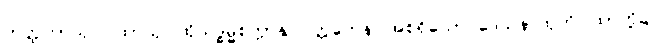
တတ္ထတာသု ဂါထာသု၊ ထိုသဒ္ဓမ္မစက္ကာနုပဝတ္တကေန၊ အစရှိသော ဒေသနာထုတိဂါထာတို့၌။